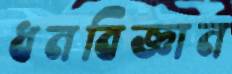
ধনবিজ্ঞান